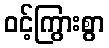
ဝင့်ကြွားစွာ